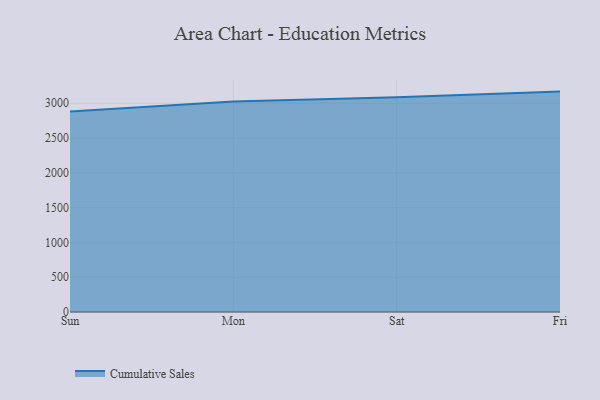
{"axis": {"x": "Day", "y": "Latency (ms)"}, "legend": ["Cumulative Sales"], "data": [{"x": "Sun", "y": 2883.2, "type": "Cumulative Sales"}, {"x": "Mon", "y": 3024.2, "type": "Cumulative Sales"}, {"x": "Sat", "y": 3084.9, "type": "Cumulative Sales"}, {"x": "Fri", "y": 3167.5, "type": "Cumulative Sales"}]}